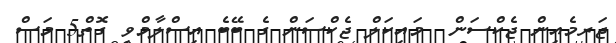
ޖަރމެއިން ޖެކްސަން  މައިކަލް ޖެކްސަން ގެ ބޭބެ އިސްލާމްވި ގޮތް5 މަސް